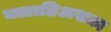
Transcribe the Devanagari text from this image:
क्लाडिअसका